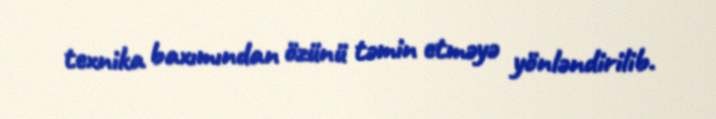
texnika baxımından özünü təmin etməyə yönləndirilib.